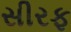
સીરફ